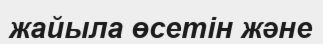
жайыла өсетін және